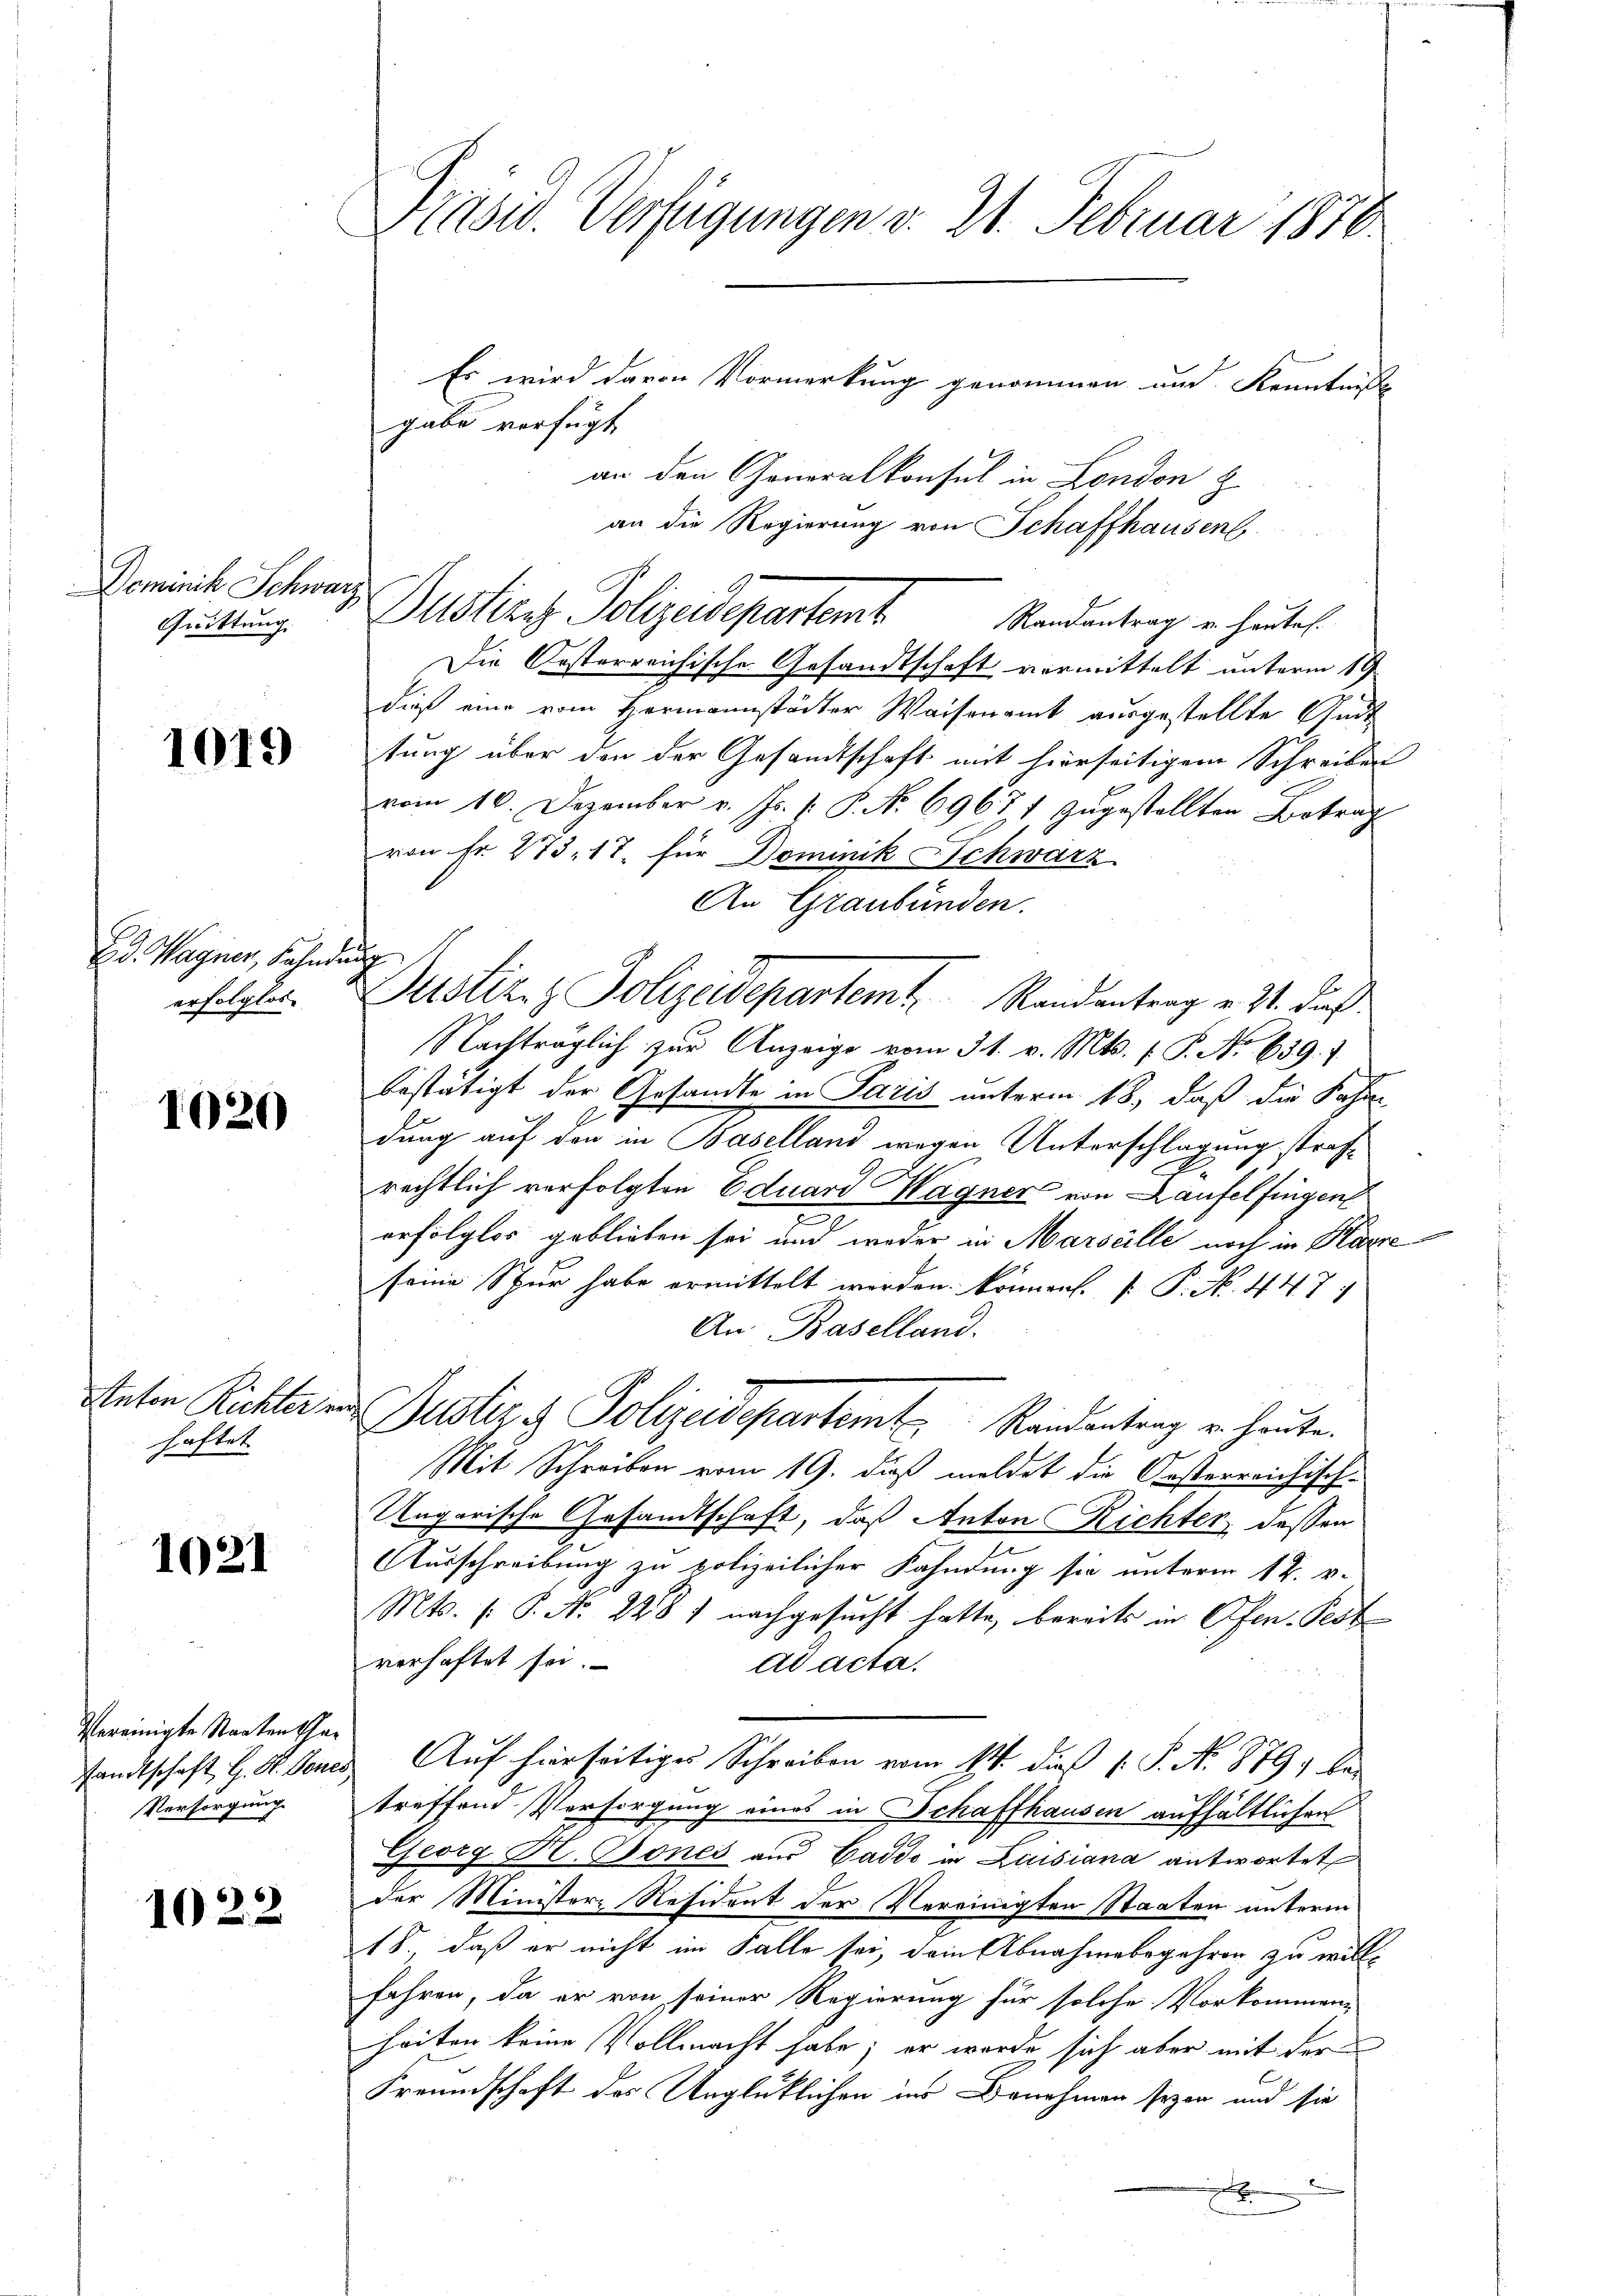
Deminik Schwarz
Quittung.

1019

E D. Wagner, Fahndung
erfolglos

1020

Anton Richter vor
haftet

1021

Vereinigte Staaten Char
sandtschaft, H. St. Vones
Versorgung

1022

Prised. Verfügungen v. 21. Februar 1850.

Es wird davon Vormerkung genommen und Kenntnisse
gabe verfügt
an den Generalkonsul in London z
an die Regierung von Schaffhausen
Randantrag u. heute.
Die Oesterreichische Gesandtschaft vermittelt unterm 19.
dieß eine vom Hermannstöcker Waisenamt ausgestellte Gut
tung über den der Gesandtschaft mit hierseitigem Schreiben
vom 10. Dezember v. Js. v. P. Nr. 69677 zugestellten Betrag
von Fr. 273. 17. für Dominik Schwarz
An Graubünden.
Dustiziz Polizeidepartemt. Randantrag v. 21. dieß
Nachträglich zur Anzeige vom 31. v. Mts. f. P. Nr. 659. 1
bestätigt der Gesandte in Paris unterm 18., daß die Fahrn
dung auf den in Baselland wegen Unterschlagung strafrechtlich verfolgten Eduard Wagner von Laufelfingen
erfolglos geblieben sei und weder in Marseille noch in Karre
seine Spur habe ermittelt worden können. P. Nr. 447
An Baselland.
Justiz & Polizeidepartemter Rindentrag u. heute.
Mit Schreiben vom 19. dieß meldet die Oesterreichisch-
Ungarische Gesandtschaft, daß Anton Richter dessen
Ausschreibung zu polizeilicher Fahndung sie unterm 12. v.
Mts. f. P. Nr. 2281 nachgesucht hatte, bereits in Ofen Pest
verhaftet sei.
ad acta.
Auf hierseitiges Schreiben vom 11. dieß 1 S. N. 879; les
treffend Persorgung eines in Schaffhausen aufhältlichen
Georg H. Bones aus Caddo in Luisiana antwortet
der Ministere Resident der Vereinigten Staaten unterm
18., daß er nicht im Falle sei, dein Abnahmebegehren zu willfahren, da er von seiner Regierung für solche Vorkommen-
heiten keine Vollmacht habe; er wurde sich aber mit der
Freundschaft des Unglüklichen in Benehmen seyen und sie
d

Puster Polizeidepartemt